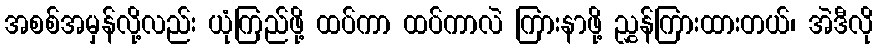
အစစ်အမှန်လို့လည်း ယုံကြည်ဖို့ ထပ်ကာ ထပ်ကာလဲ ကြားနာဖို့ ညွှန်ကြားထားတယ်၊ အဲဒီလို